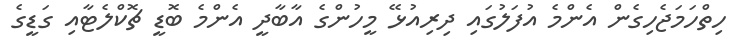
ހިތްހަމަޖެހިގެން އެންމެ އުފަލުގައި ދިރިއުޅޭ މީހުންގެ އާބާދީ އެންމެ ބޮޑީ ޗޮކްލެޓާއި ގަޑީގެ